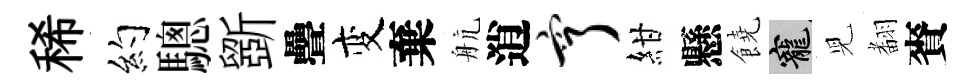
稀约驄斵疊变棄航逍亨紺懸饒寵児𮋒賚